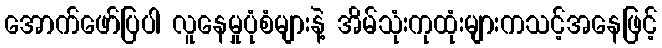
အောက်ဖော်ပြပါ လူနေမှုပုံစံများနဲ့ အိမ်သုံးကုထုံးများကသင့်အနေဖြင့်